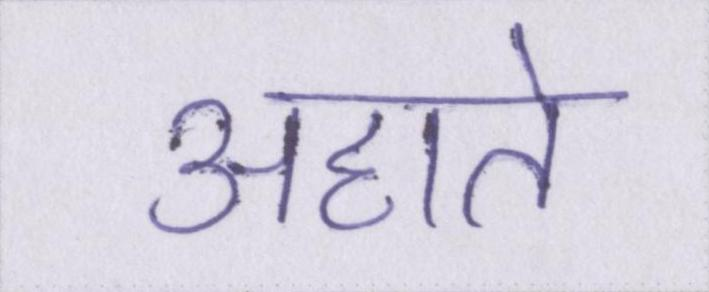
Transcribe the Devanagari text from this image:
अहाते